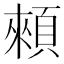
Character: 顂